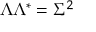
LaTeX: \Lambda \Lambda ^ { * } = \Sigma ^ { 2 }